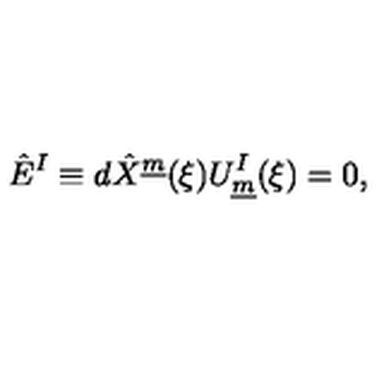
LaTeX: \hat { E } ^ { I } \equiv d \hat { X } ^ { \underline { { m } } } ( \xi ) U _ { \underline { { m } } } ^ { I } ( \xi ) = 0 , \qquad